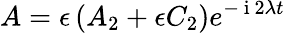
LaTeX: A=\epsilon\left(A_{2}+\epsilon C_{2}\right)e^{-\mathrm{~i~}2\lambda t}